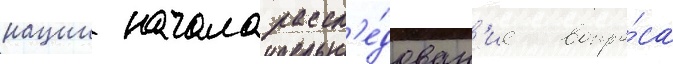
нации начала рассл'е́дован'ие вопро́са